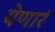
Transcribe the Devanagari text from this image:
येणारं